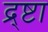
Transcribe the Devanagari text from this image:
द्र्ष्टा